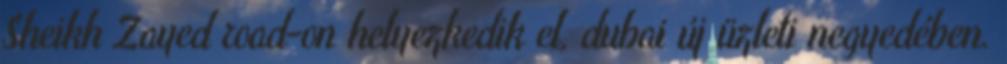
Sheikh Zayed road-on helyezkedik el, dubai új üzleti negyedében.